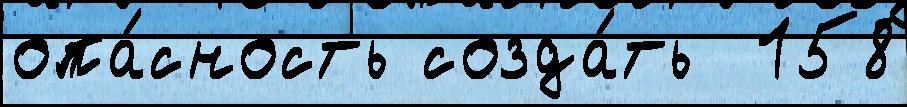
опа́сность созда́ть  158